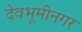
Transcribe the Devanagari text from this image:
देवभूमीनगर